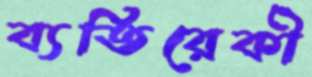
ব্যতিরেকী